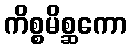
ကိစ္စမိစ္ဆကော